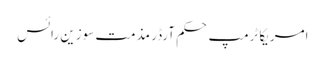
امریکا ٹرمپ حکم آرڈر مذمت سوزین رائس